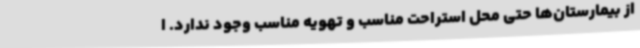
از بیمارستان‌ها حتی محل استراحت مناسب و تهویه مناسب وجود ندارد. ا